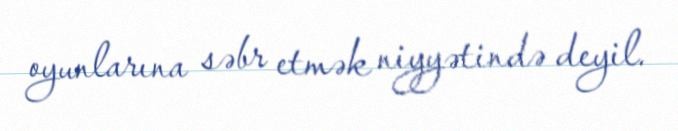
oyunlarına səbr etmək niyyətində deyil.